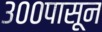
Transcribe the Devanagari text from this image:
३००पासून